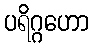
ပရိဂ္ဂဟော